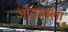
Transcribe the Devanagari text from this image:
ओढावला